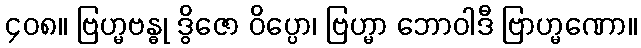
၄၀၈။ ဗြဟ္မဗန္ဓု ဒွိဇော ဝိပ္ပော၊ ဗြဟ္မာ ဘောဝါဒီ ဗြာဟ္မဏော။